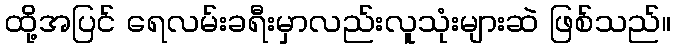
ထို့အပြင် ရေလမ်းခရီးမှာလည်းလူသုံးများဆဲ ဖြစ်သည်။